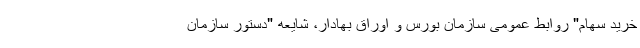
خرید سهام" روابط عمومی سازمان بورس و اوراق بهادار، شایعه "دستور سازمان